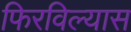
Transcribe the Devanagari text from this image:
फिरविल्यास